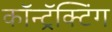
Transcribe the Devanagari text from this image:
कॉन्ट्रॅक्टिंग